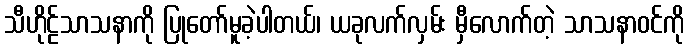
သီဟိုဠ်သာသနာကို ပြုတော်မူခဲ့ပါတယ်၊ ယခုလက်လှမ်း မှီလောက်တဲ့ သာသနာဝင်ကို